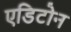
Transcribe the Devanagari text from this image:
एडिटोन